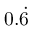
0 . { \dot { 6 } }